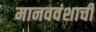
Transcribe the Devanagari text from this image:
मानववंशाची